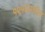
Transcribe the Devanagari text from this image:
१९१६मधील